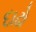
દાઢો